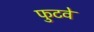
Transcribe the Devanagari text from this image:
फुटवे